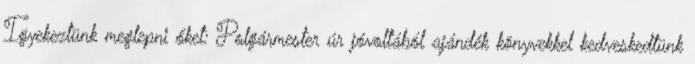
Igyekeztünk meglepni őket: Polgármester úr jóvoltából ajándék könyvekkel kedveskedtünk